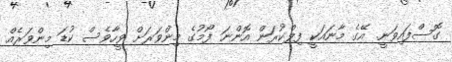
ގޮސްފައިވަނީ. އޭގެ މާނަައަކީ ފިލްކުރަން އޮންނަ ފޯމުގެ މިންވަރަށް ވީހާވެސް ކުޑަ މިންވަރެއްް